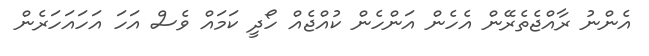
އެންނު ރާއްޖެތެރޭން އެހެން އަންހެން ކުއްޖެއް ހޯދީ ކަމައް ވެސް އަހަ އަހައަހަރެން